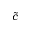
\tilde { c }